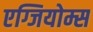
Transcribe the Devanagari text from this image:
एग्जियोम्स